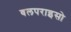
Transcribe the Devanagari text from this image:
वलपराइसो